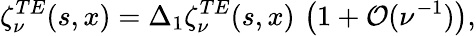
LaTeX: \zeta_{\nu}^{TE}(s,x)=\Delta_{1}\zeta_{\nu}^{TE}(s,x)\, \left(1+{\cal O}(\nu^{-1})\right),